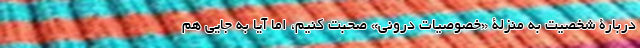
دربارۀ شخصیت به منزلۀ «خصوصیات درونی» صحبت کنیم، اما آیا به جایی هم